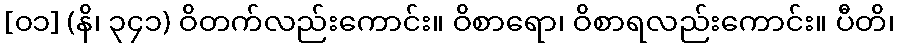
[၀၁] (နိ၊ ၃၄၁) ဝိတက်လည်းကောင်း။ ဝိစာရော၊ ဝိစာရလည်းကောင်း။ ပီတိ၊